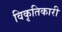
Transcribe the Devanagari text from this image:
विकृतिकारी